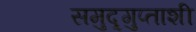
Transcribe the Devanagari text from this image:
समुद्र्गुप्ताशी